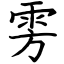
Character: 雱